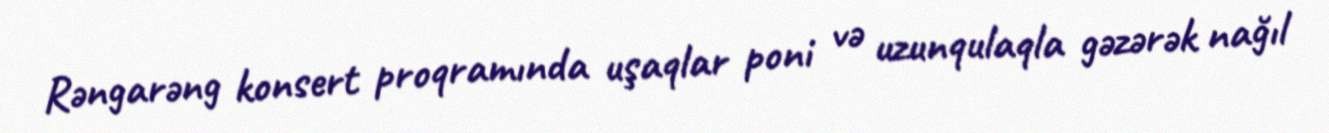
Rəngarəng konsert proqramında uşaqlar poni və uzunqulaqla gəzərək nağıl